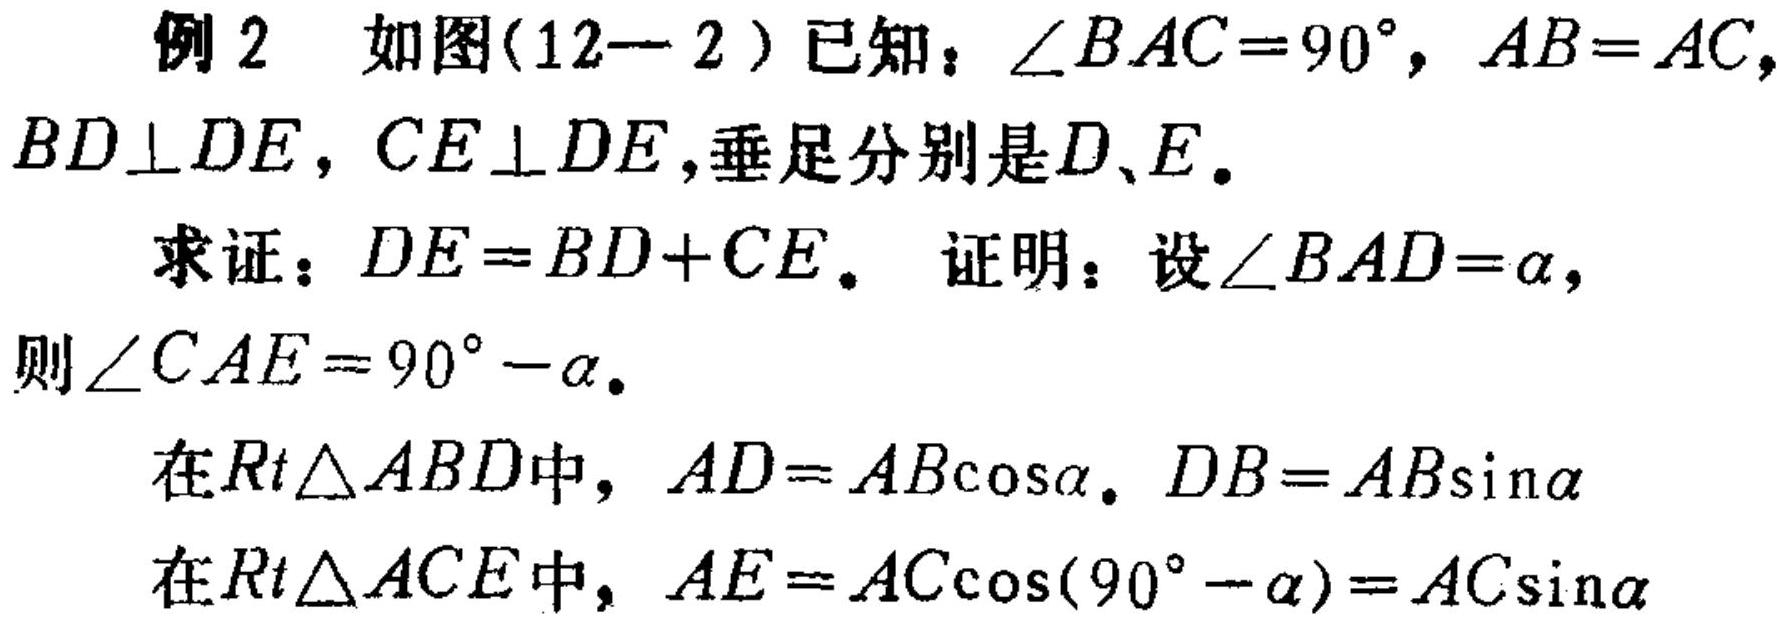
例2 如图(12—2）已知：\(\angle BAC = 90^{\circ}\)，\(AB = AC\)，
\(BD\perp DE\)，\(CE\perp DE\)，垂足分别是\(D、E\)。

求证：\(DE = BD + CE\)。证明：设\(\angle BAD=\alpha\)，
则\(\angle CAE = 90^{\circ}-\alpha\)。

在\(Rt\triangle ABD\)中，\(AD = AB\cos\alpha\)。\(DB = AB\sin\alpha\)

在\(Rt\triangle ACE\)中，\(AE = AC\cos(90^{\circ}-\alpha)=AC\sin\alpha\)